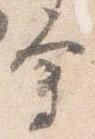
会